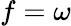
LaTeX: f=\omega